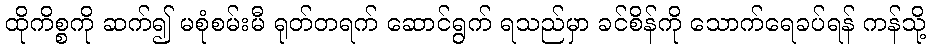
ထိုကိစ္စကို ဆက်၍ မစုံစမ်းမီ ရုတ်တရက် ဆောင်ရွက် ရသည်မှာ ခင်စိန်ကို သောက်ရေခပ်ရန် ကန်သို့